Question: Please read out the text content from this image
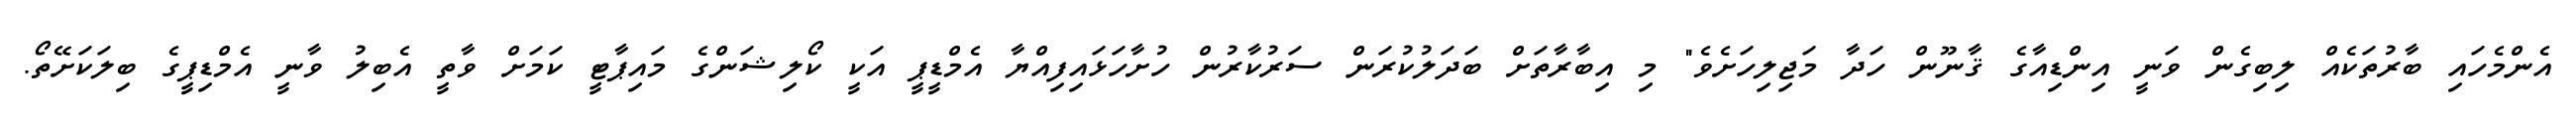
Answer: އެންމެހައި ބާރުތަކެއް ލިބިގެން ވަނީ އިންޑިއާގެ ޤާނޫން ހަދާ މަޖިލިހަށެވެ" މި އިބާރާތަށް ބަދަލުކުރަން ސަރުކާރުން ހުށާހަޅައިފިއްޔާ އެމްޑީޕީ އަކީ ކޯލިޝަންގެ މައިޕާޓީ ކަމަށް ވާތީ އެބިލު ވާނީ އެމްޑިޕީގެ ބިލަކަށޭތޯ.